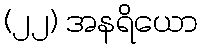
(၂၂) အနရိယော